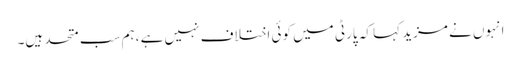
انہوں نے مزید کہا کہ پارٹی میں کوئی اختلاف نہیں ہے ،ہم سب متحد ہیں۔